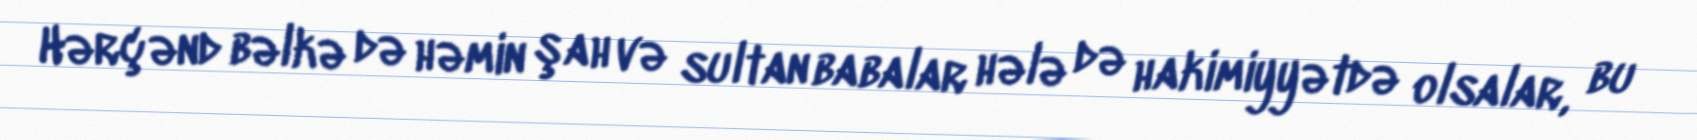
Hərçənd bəlkə də həmin şah və sultan babalar hələ də hakimiyyətdə olsalar, bu